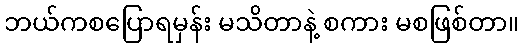
ဘယ်ကစပြောရမှန်း မသိတာနဲ့ စကား မစဖြစ်တာ။